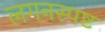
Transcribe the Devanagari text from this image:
लगनस्पष्ट